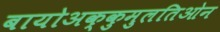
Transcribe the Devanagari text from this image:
बायोअक्कुमुलतिओन